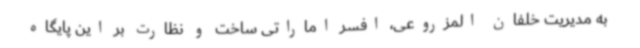
به مدیریت خلفان المزروعی، افسر اماراتی ساخت و نظارت بر این پایگاه